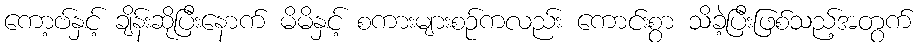
ကော့ဗ်နှင့် ချိန်းဆိုပြီးနောက် မိမိနှင့် စကားများစဉ်ကလည်း ကောင်းစွာ သိခဲ့ပြီးဖြစ်သည့်အတွက်